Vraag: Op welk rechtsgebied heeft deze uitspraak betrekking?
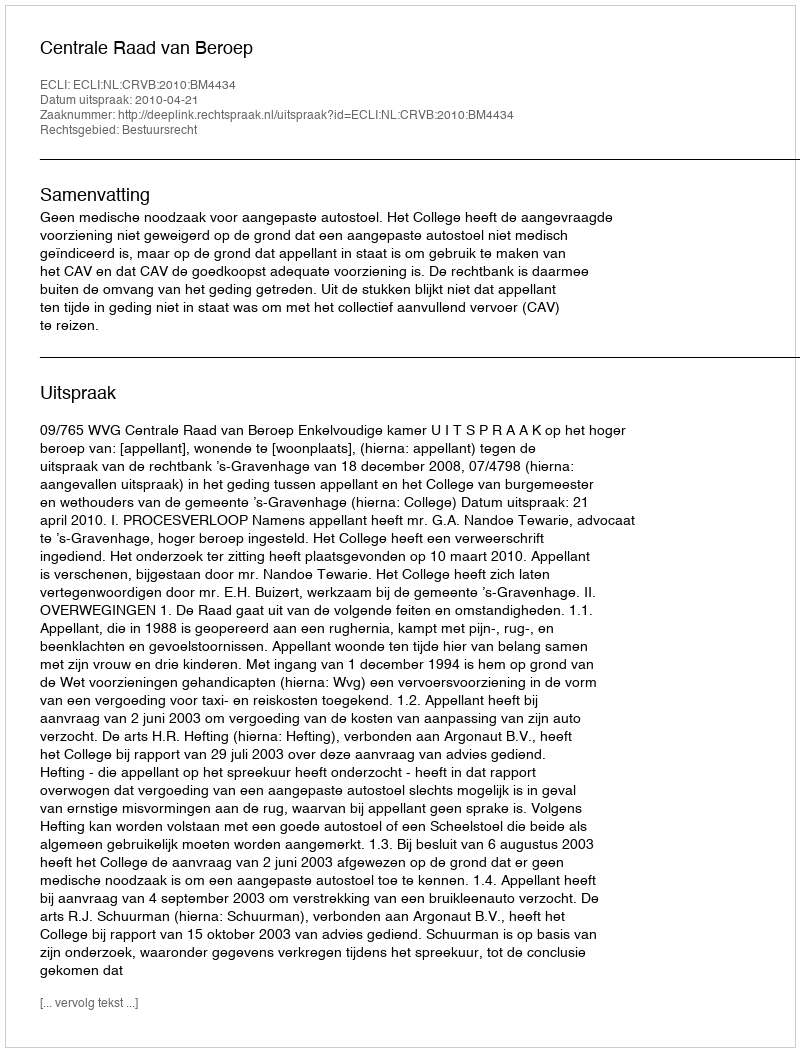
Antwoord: Bestuursrecht